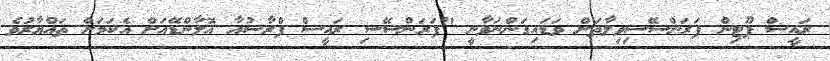
ރައީސް ޕޫޓިން ފަރަންސޭސިވިލާތަށް ވަޑައިގަންނަވާނީ "ފަރަންސޭސި ރައީސް ފްރާސުއާ އޮލާންޑޭއަށް އެކަމަށް ތައްޔާރުވެ